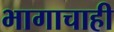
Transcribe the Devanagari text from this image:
भागाचाही